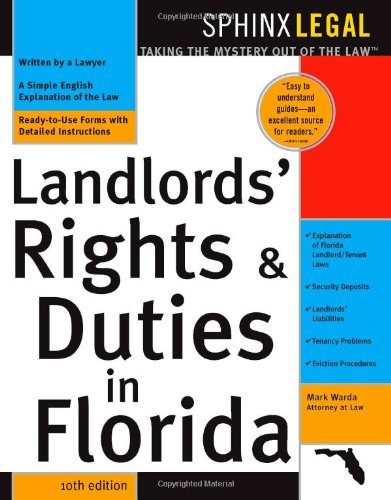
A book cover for Landlord's Rights & Duties In Florida, 10E; Mark Warda; Law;